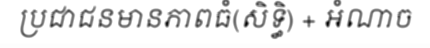
ប្រជាជនមានភាពធំ(សិទ្ធិ) + អំណាច